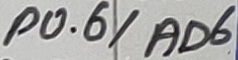
Text: P0.6/AD6